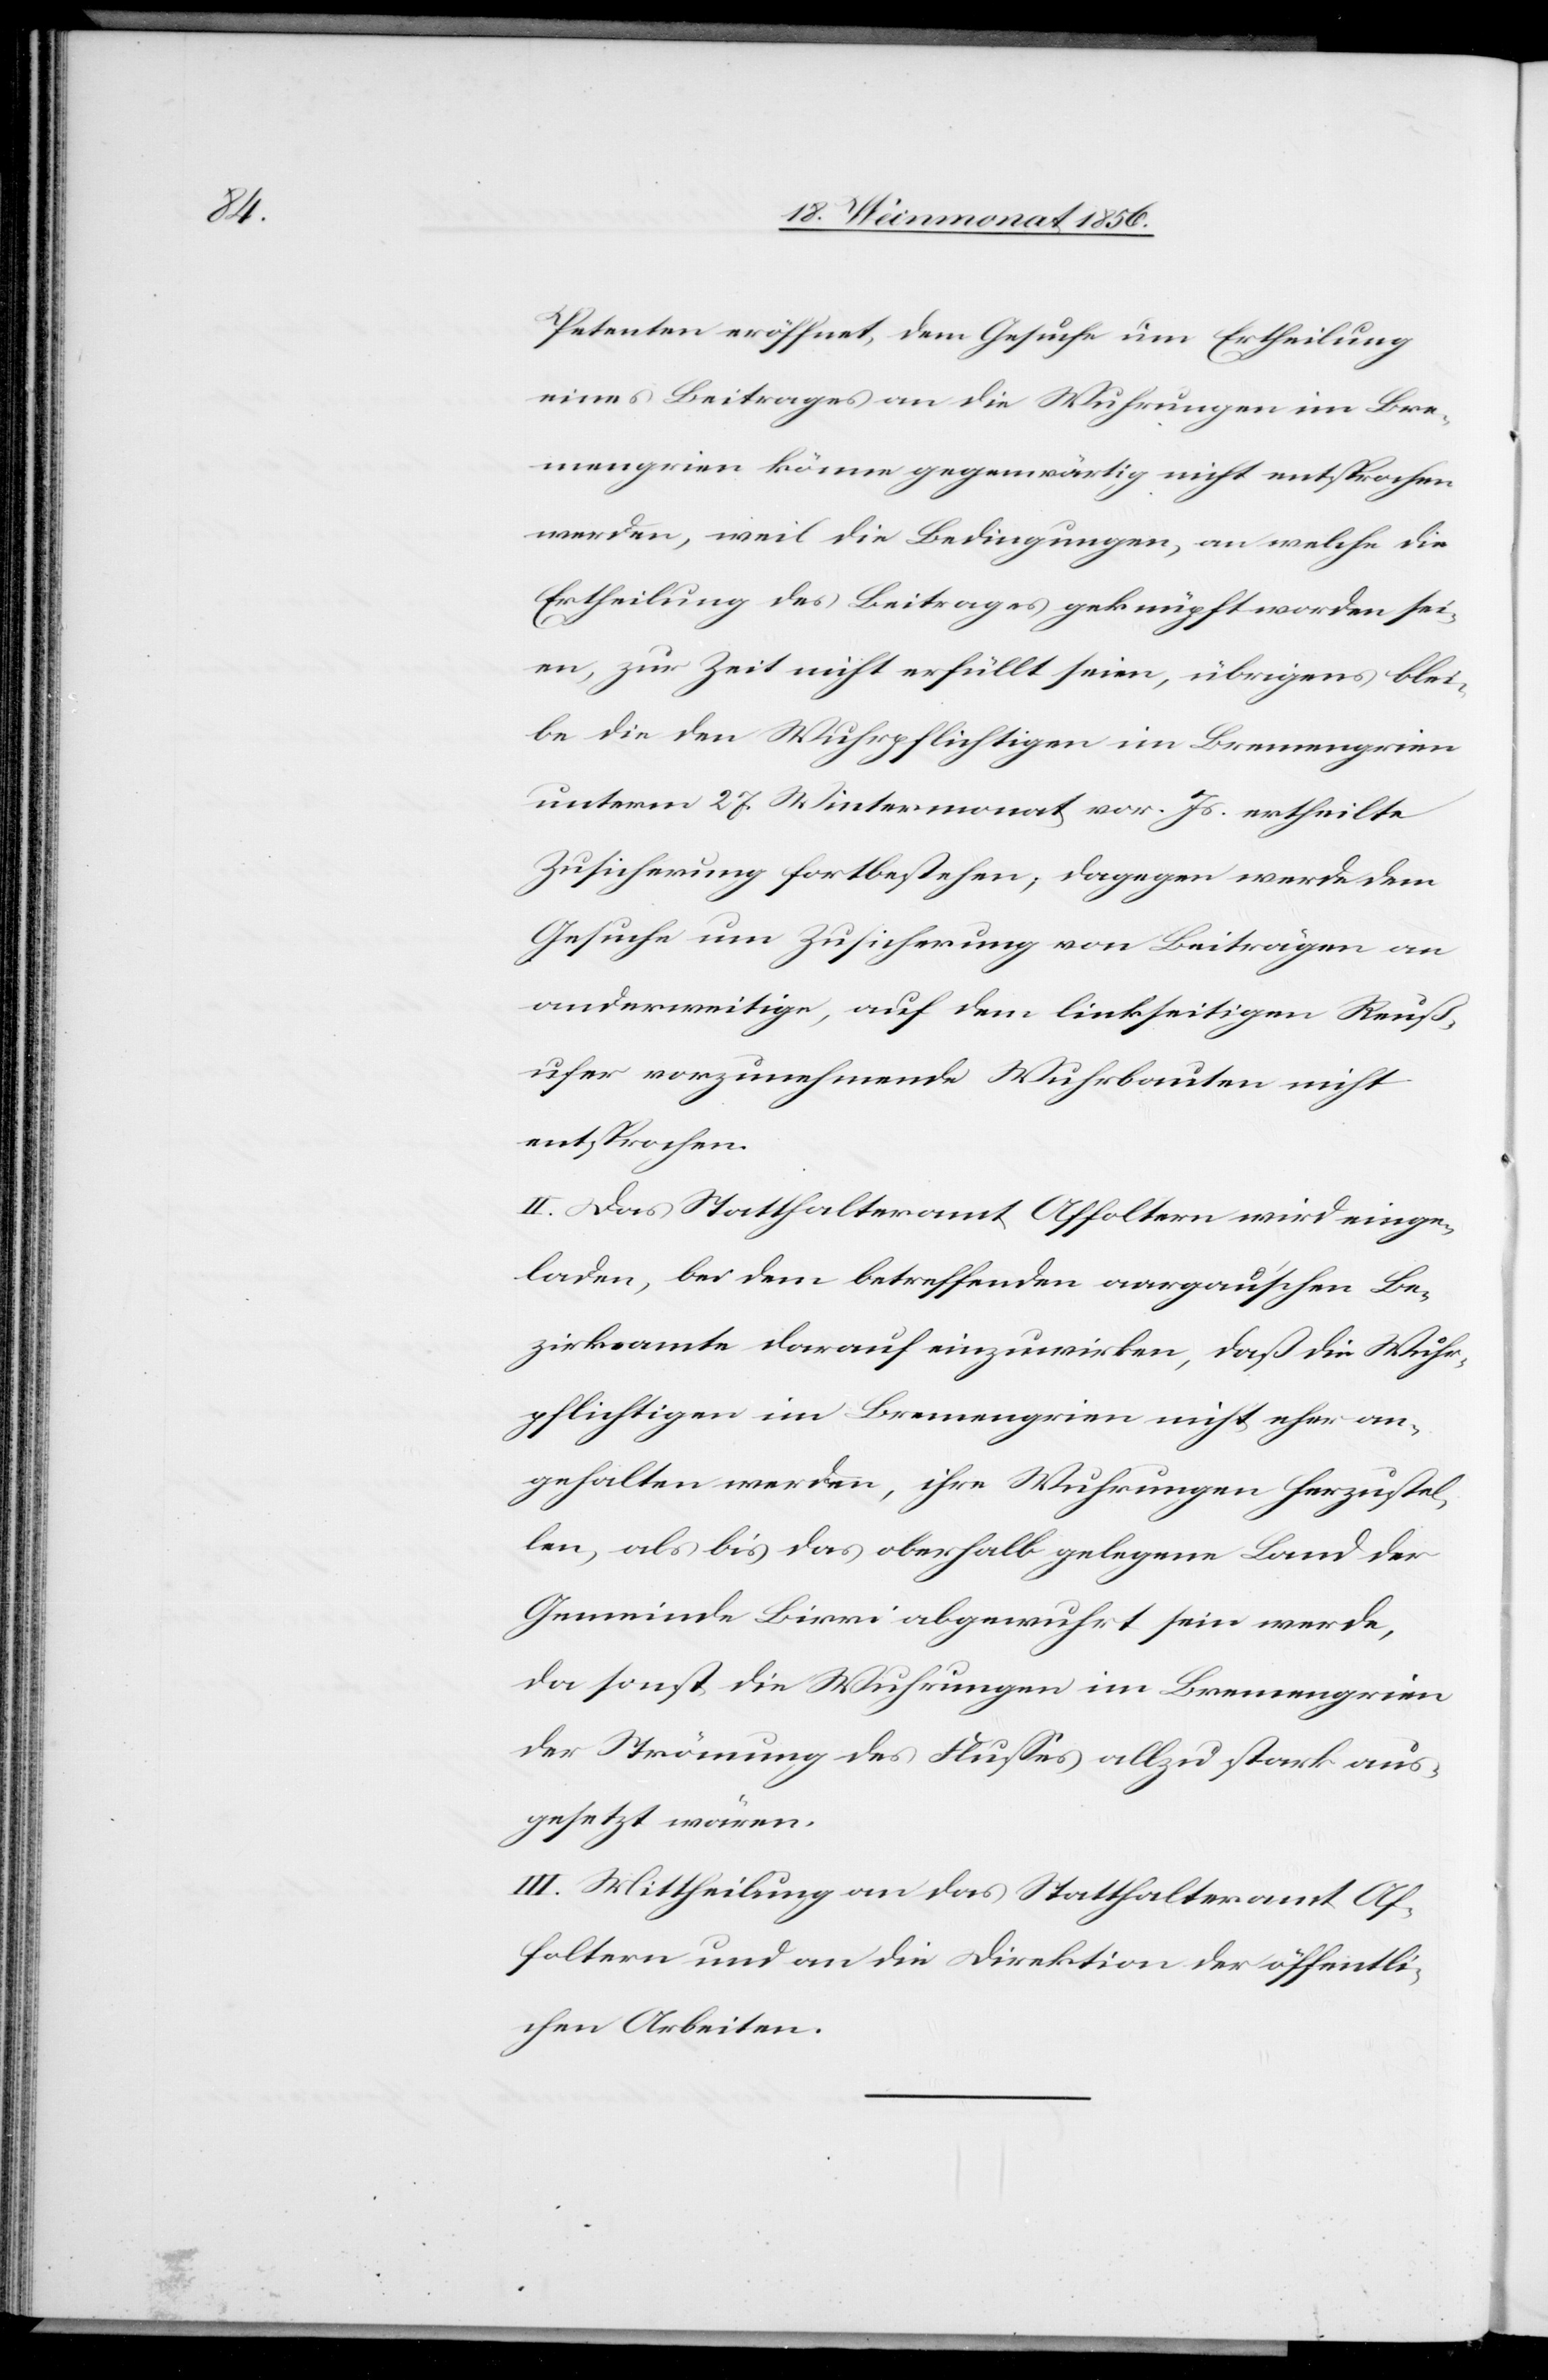
Petenten eröffnet, dem Gesuche um Ertheilung
eines Beitrages an die Wuhrungen im Bre¬
mengrien könne gegenwärtig nicht entsprochen
werden, weil die Bedingungen, an welche die
Ertheilung des Beitrages geknüpft worden sei¬
en, zur Zeit nicht erfüllt seien, übrigens blei¬
be die den Wuhrpflichtigen im Bremengrien
unterm 27. Wintermonat vor. Js. ertheilte
Zusicherung fortbestehen; dagegen werde dem
Gesuche um Zusicherung von Beiträgen an
anderweitige, auf dem linkseitigen Reuß¬
ufer vorzunehmende Wuhrbauten nicht
entsprochen.
II. Das Statthalteramt Affoltern wird einge¬
laden, bei dem betreffenden aargau'schen Be¬
zirksamte darauf einzuwirken, daß die Wuhr¬
pflichtigen im Bremengrien nicht eher an¬
gehalten werden, ihre Wuhrungen herzustel¬
len, als bis das oberhalb gelegene Land der
Gemeinde Birri abgewuhrt sein werde,
da sonst die Wuhrungen im Bremengrien
der Strömung des Flusses allzu stark aus¬
gesetzt wären.
III. Mittheilung an das Statthalteramt Af¬
foltern und an die Direktion der öffentli¬
chen Arbeiten.